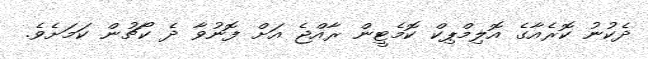
ދެކުނު ކޮރެއާގެ އޮލިމްޕިކް ކޮމެޓީން ރާއްޖެ އަށް ފޮނުވާ ދެ ކޯޗުން ކަމަށެވެ.